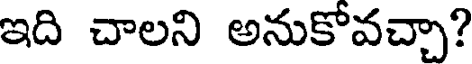
ఇది చాలని అనుకోవచ్చా?